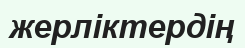
жерліктердің